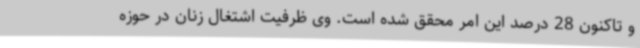
و تاکنون 28 درصد این امر محقق شده است. وی ظرفیت اشتغال زنان در حوزه